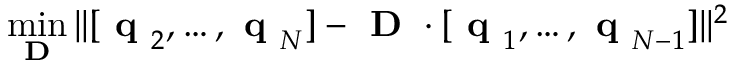
\operatorname* { m i n } _ { \textbf { D } } | | [ \textbf { q } _ { 2 } , \dots , \textbf { q } _ { N } ] - \textbf { D } \cdot [ \textbf { q } _ { 1 } , \dots , \textbf { q } _ { N - 1 } ] | | ^ { 2 }